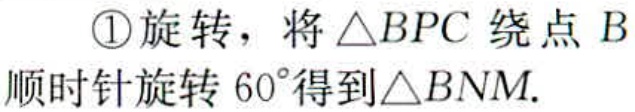
\textcircled{1}旋转，将$\triangle BPC$绕点$B$顺时针旋转$60^{\circ}$得到$\triangle BNM$.